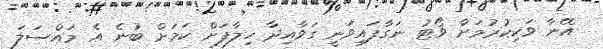
އޭނާ ވަކިކުރުމަށް ވޯޓު ނަގާފައިވަނީ ގަވާއިދާ ހިލާފަށް ކަމަށް ބުނެ އެ މައްސަލަ